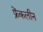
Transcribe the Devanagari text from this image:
फ्रेंकलीन